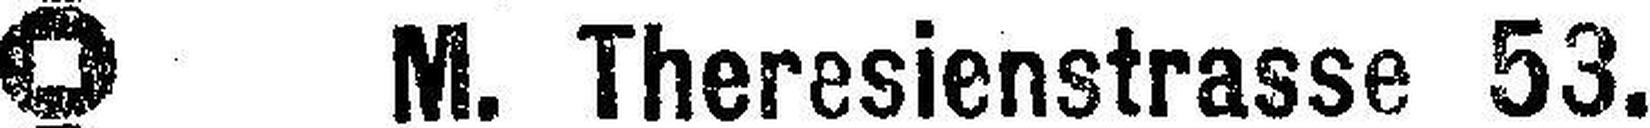
M. Theresienstrasse 53.